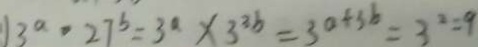
1 3 ^ { a } \cdot 2 7 ^ { b } = 3 ^ { a } \times 3 ^ { 3 b } = 3 ^ { a + 3 b } = 3 ^ { 2 } = 9